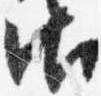
御